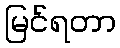
မြင်ရတာ